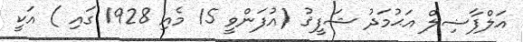
އަލްފާޟިލް އަޙުމަދު ޝަފީޤު (އުފަންވީ 15 މެއި 1928 ގައި ) އަކީ